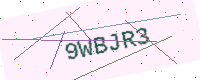
Text: 9WBJR3